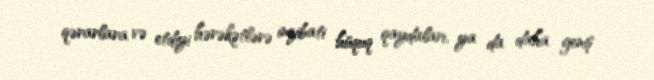
qərarlara və etdiyi hərəkətlərə inzibati hüquq qaydaları, ya da daha geniş